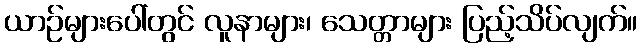
ယာဉ်များပေါ်တွင် လူနာများ၊ သေတ္တာများ ပြည့်သိပ်လျက်။